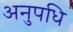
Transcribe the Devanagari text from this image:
अनुपधि